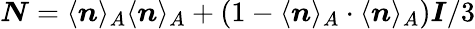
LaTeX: \boldsymbol{N}=\langle\boldsymbol{n}\rangle_{A}\langle\boldsymbol{n}\rangle_{A}+(1-\langle\boldsymbol{n}\rangle_{A}\cdot\langle\boldsymbol{n}\rangle_{A})\boldsymbol{I}/3